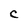
Character: c